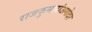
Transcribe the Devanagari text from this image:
राजकुमारांअगोदर